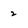
Character: 2